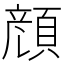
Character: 𩓲